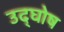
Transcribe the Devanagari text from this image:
उद्‌घोष